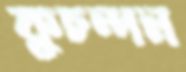
কুচন্দন